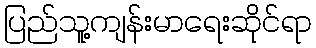
ပြည်သူ့ကျန်းမာရေးဆိုင်ရာ